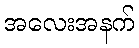
အလေးအနက်